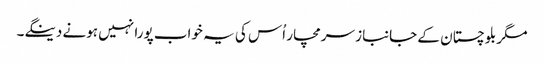
مگر بلوچستان کے جانباز سرمچار اُس کی یہ خواب پورا نہیں ہونے دینگے۔